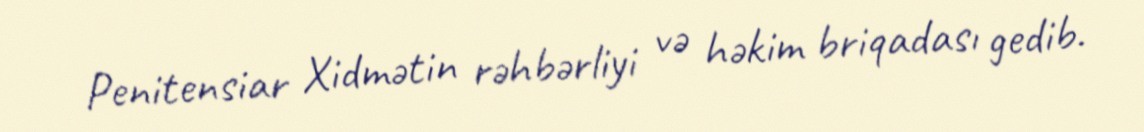
Penitensiar Xidmətin rəhbərliyi və həkim briqadası gedib.